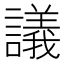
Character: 議